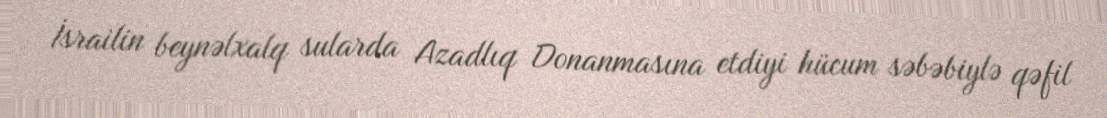
İsrailin beynəlxalq sularda Azadlıq Donanmasına etdiyi hücum səbəbiylə qəfil